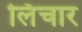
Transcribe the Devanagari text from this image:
लिंचार